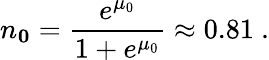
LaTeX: n_{\mathbf{0}}=\frac{e^{\mu_{0}}}{1+e^{\mu_{0}}}\approx 0.81~.